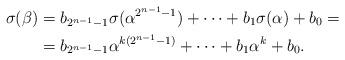
LaTeX: \begin{align*}\sigma(\beta)&=b_{2^{n-1}-1}\sigma(\alpha^{2^{n-1}-1})+\dots+b_1\sigma(\alpha)+b_0=\\&=b_{2^{n-1}-1}\alpha^{k(2^{n-1}-1)}+\dots+b_1\alpha^k+b_0.\end{align*}